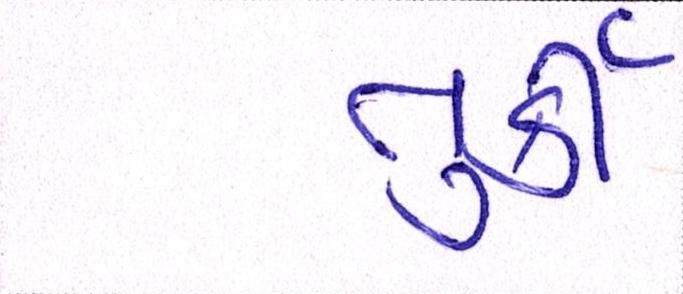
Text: તુર્કી